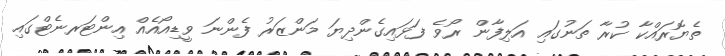
ތެޔޮރައްކާ ކުރާ ތަނުގައި އަލިފާން ރޯވެ ފަޅައިގެންދިޔަ މަންޒަރު ފެންނަ ވީޑިއޯއެއް އިންޓަރނެޓްގައި